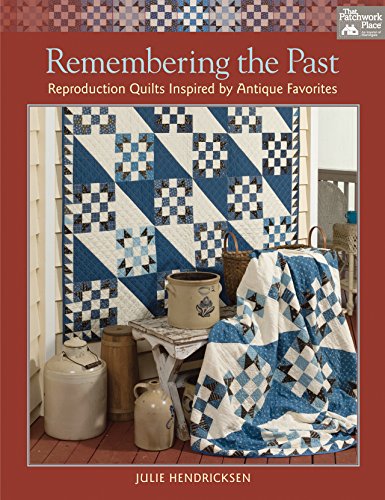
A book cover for Remembering the Past: Reproduction Quilts Inspired by Antique Favorites; Julie Hendricksen; Crafts, Hobbies & Home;